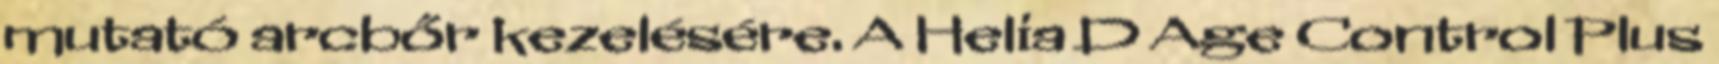
mutató arcbőr kezelésére. A Helia D Age Control Plus